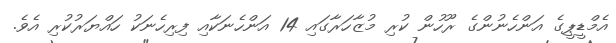
އެމްޑީޕީގެ އަންހެނުންގެ ރޫހުން ކުރި މުޒާހަރާގައި 14 އަންހެނަކާއި ފިރިހެނަކު ހައްޔަރުކުރި އެވެ.